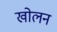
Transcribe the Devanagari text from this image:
खोलन